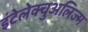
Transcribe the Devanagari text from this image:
इंटेलेक्चुअलिज्म